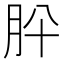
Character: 肸